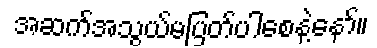
အဆက်အသွယ်မပြတ်ပါစေနဲ့နော်။